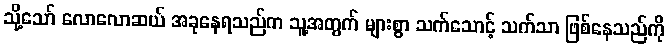
သို့သော် လောလောဆယ် အခုနေရသည်က သူ့အတွက် များစွာ သက်သောင့် သက်သာ ဖြစ်နေသည်ကို